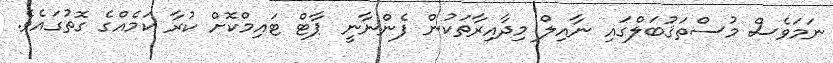
ނަމަވެސް މުސްތަޤުބަލްގައި ނާއިލް މިދާއިރާތަކުން ފެންނާނީ ޕާޓް ޓައިމްކޮށް ކުރާ ކަމެއްގެ ގޮތުގައެވެ.